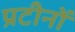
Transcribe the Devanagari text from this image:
प्रटीनों